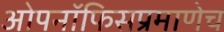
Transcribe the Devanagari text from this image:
ओपनॉफिसप्रमाणेच